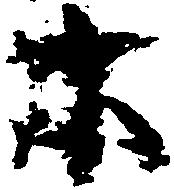
等